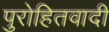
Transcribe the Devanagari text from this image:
पुरोहितवादी